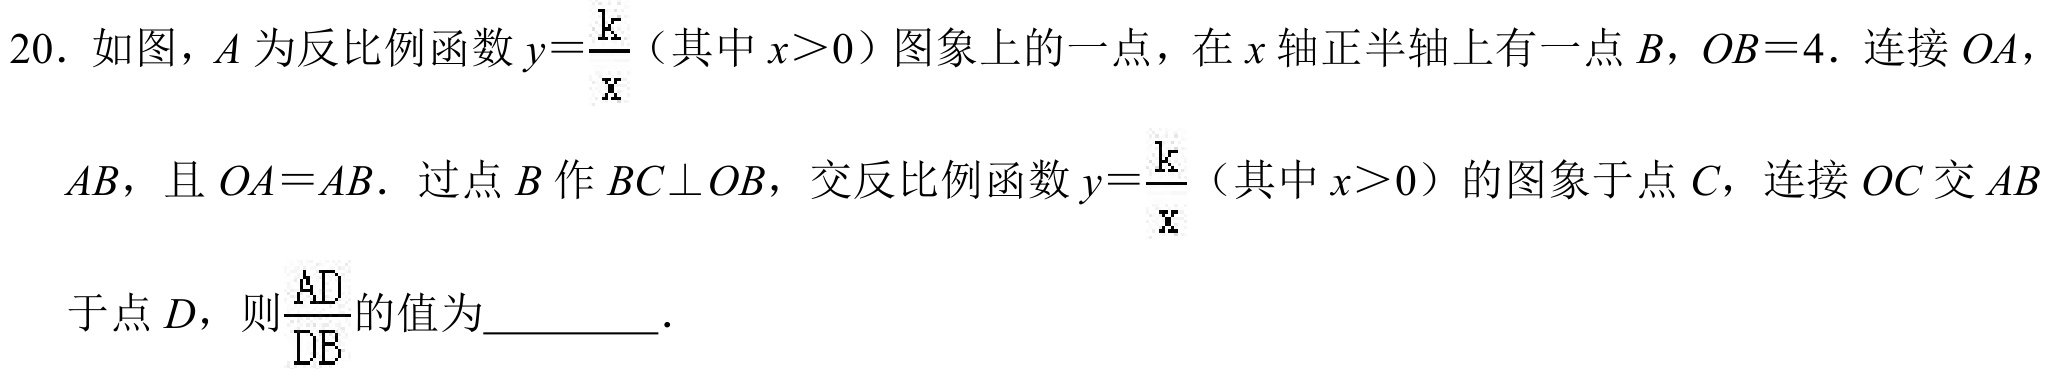
20. 如图，\(A\)为反比例函数\(y = \frac{k}{x}\)（其中\(x>0\)）图象上的一点，在\(x\)轴正半轴上有一点\(B\)，\(OB = 4\). 连接\(OA\)，\(AB\)，且\(OA = AB\). 过点\(B\)作\(BC\perp OB\)，交反比例函数\(y = \frac{k}{x}\)（其中\(x>0\)）的图象于点\(C\)，连接\(OC\)交\(AB\)于点\(D\)，则\(\frac{AD}{DB}\)的值为_________.